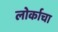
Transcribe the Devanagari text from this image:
लोर्काचा